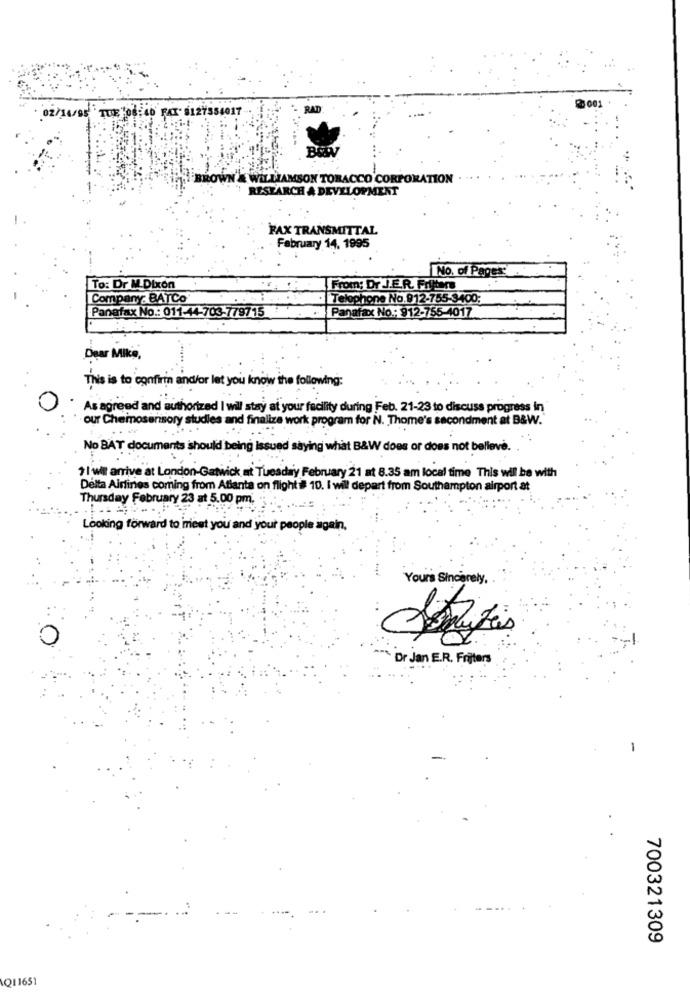
02/14/95 TUE "08: 40 FAX' 8127354017
RAD
2001
BROT
WILLIAMSON TOBACCO CORPORATION
RESEARCH & DEVELOPMENT
FAX TRANSMITTAL
February 14. 1995
No. of Pages:
To: Dr M.Dixon
From: Dr J.E.R. Frilters
Company: BATCo
Telephone No.912-755-3400;
Panafax No .: 011-44-703-779715
Panafax No .: 912-755-4017
Dear Mike,
This is to confirm and/or let you know the following:
As agreed and authorized I wil stay at your facility during Feb. 21-23 to discuss progress in
our Chemosensory studies and finalize work program for N. Thome's secondment at B&W."
No BAT documents sshould being issued saying what B&W does or does not belleve.
11 wil arrive at London-Gatwick at Tuesday February 21 at 8.35 am local time This wil be with
Delta Airlines coming from Atlanta on flight i 10. I will depart from Southampton airport at
Thursday February 23 at 5.00 pm.
Looking forward to meet you and your people again.
Yours Sincerely,
Dr Jan E.R. Friters
-
700321309
Q11651